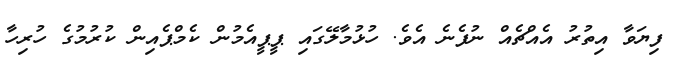
ފިޔަވާ އިތުރު އެއްޗެއް ނުފެނެ އެވެ. ހުޅުމާލޭގައި ޕީޕީއެމުން ކެމްޕެއިން ކުރުމުގެ ހުރިހާ